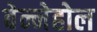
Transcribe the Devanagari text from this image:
बेन्नेहोल